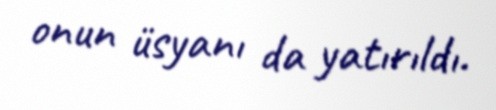
onun üsyanı da yatırıldı.